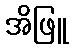
အိဖြူ